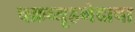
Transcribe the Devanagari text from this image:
चक्रव्यूहभेदाचा